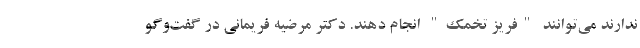
ندارند می‌توانند "فریز تخمک" انجام دهند. دکتر مرضیه فریمانی در گفت‌وگو